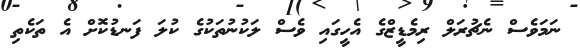
ނަމަވެސް ނެޗުރަލް ރިމެޑީޒްގެ އެހީގައި ވެސް ލަކުނުތަކުގެ ކުލަ ފަނޑުކޮށް އެ ތަކެތި